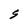
Character: S